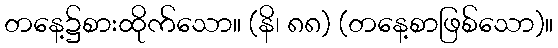
တနေ့၌စားထိုက်သော။ (နိ၊ ၈၈) (တနေ့စာဖြစ်သော)။